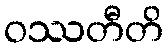
ဝဿတီတိ